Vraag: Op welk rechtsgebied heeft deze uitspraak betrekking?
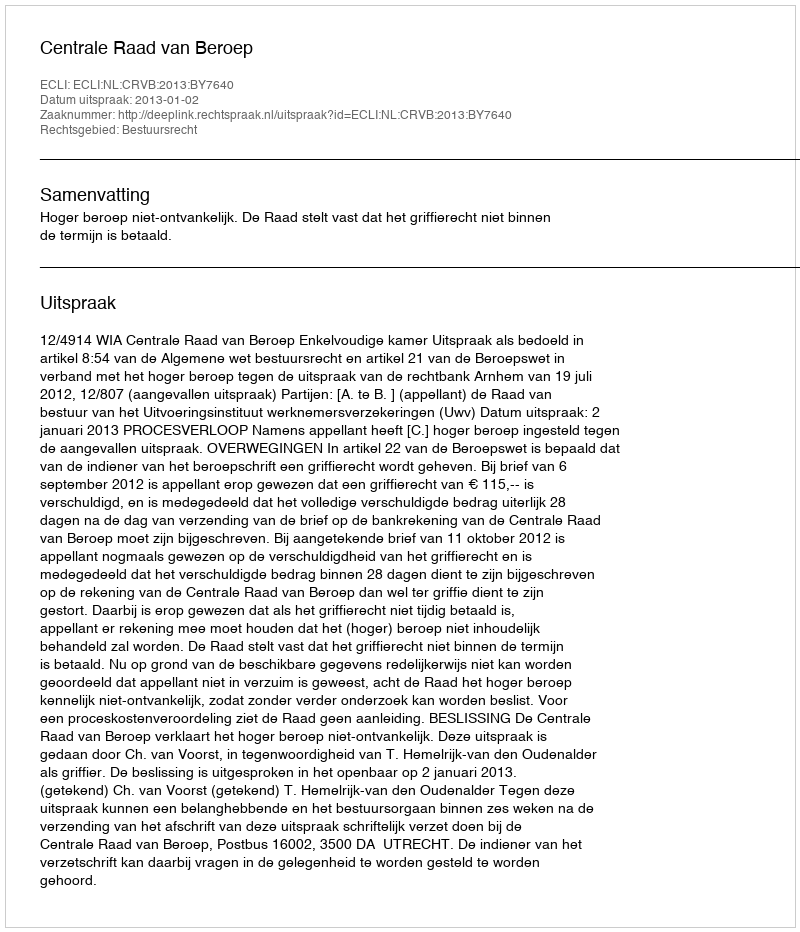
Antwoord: Bestuursrecht